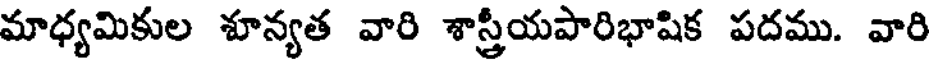
మాధ్యమికుల శూన్యత వారి శాస్త్రీయపారిభాషిక పదము. వారి